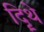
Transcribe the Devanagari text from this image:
दिॄथे